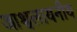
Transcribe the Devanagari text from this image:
आश्वलायनीय